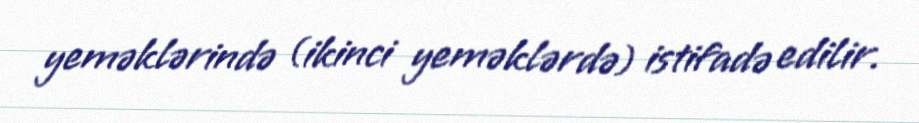
yeməklərində (ikinci yeməklərdə) istifadə edilir.